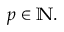
p \in \mathbb { N } .